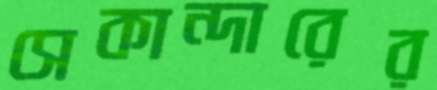
সেকান্দারের